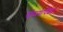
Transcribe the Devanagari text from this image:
गोळ्यापेक्षा